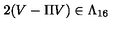
2 ( V - \Pi V ) \in \Lambda _ { 1 6 }